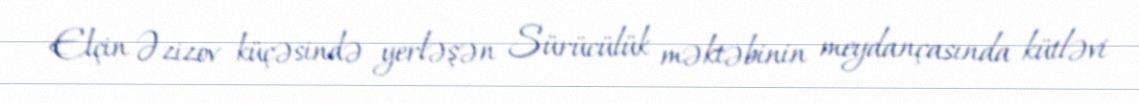
Elçin Əzizov küçəsində yerləşən Sürücülük məktəbinin meydançasında kütləvi